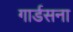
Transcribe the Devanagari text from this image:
गार्डसना